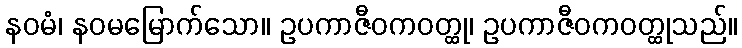
နဝမံ၊ နဝမမြောက်သော။ ဥပကာဇီဝကဝတ္ထု၊ ဥပကာဇီဝကဝတ္ထုသည်။